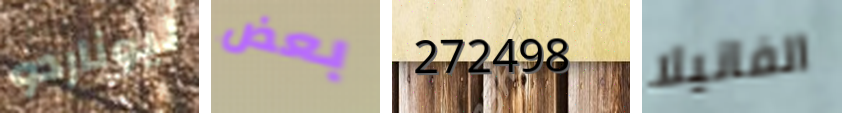
ليوناردو بعض 272498 الفانيلا